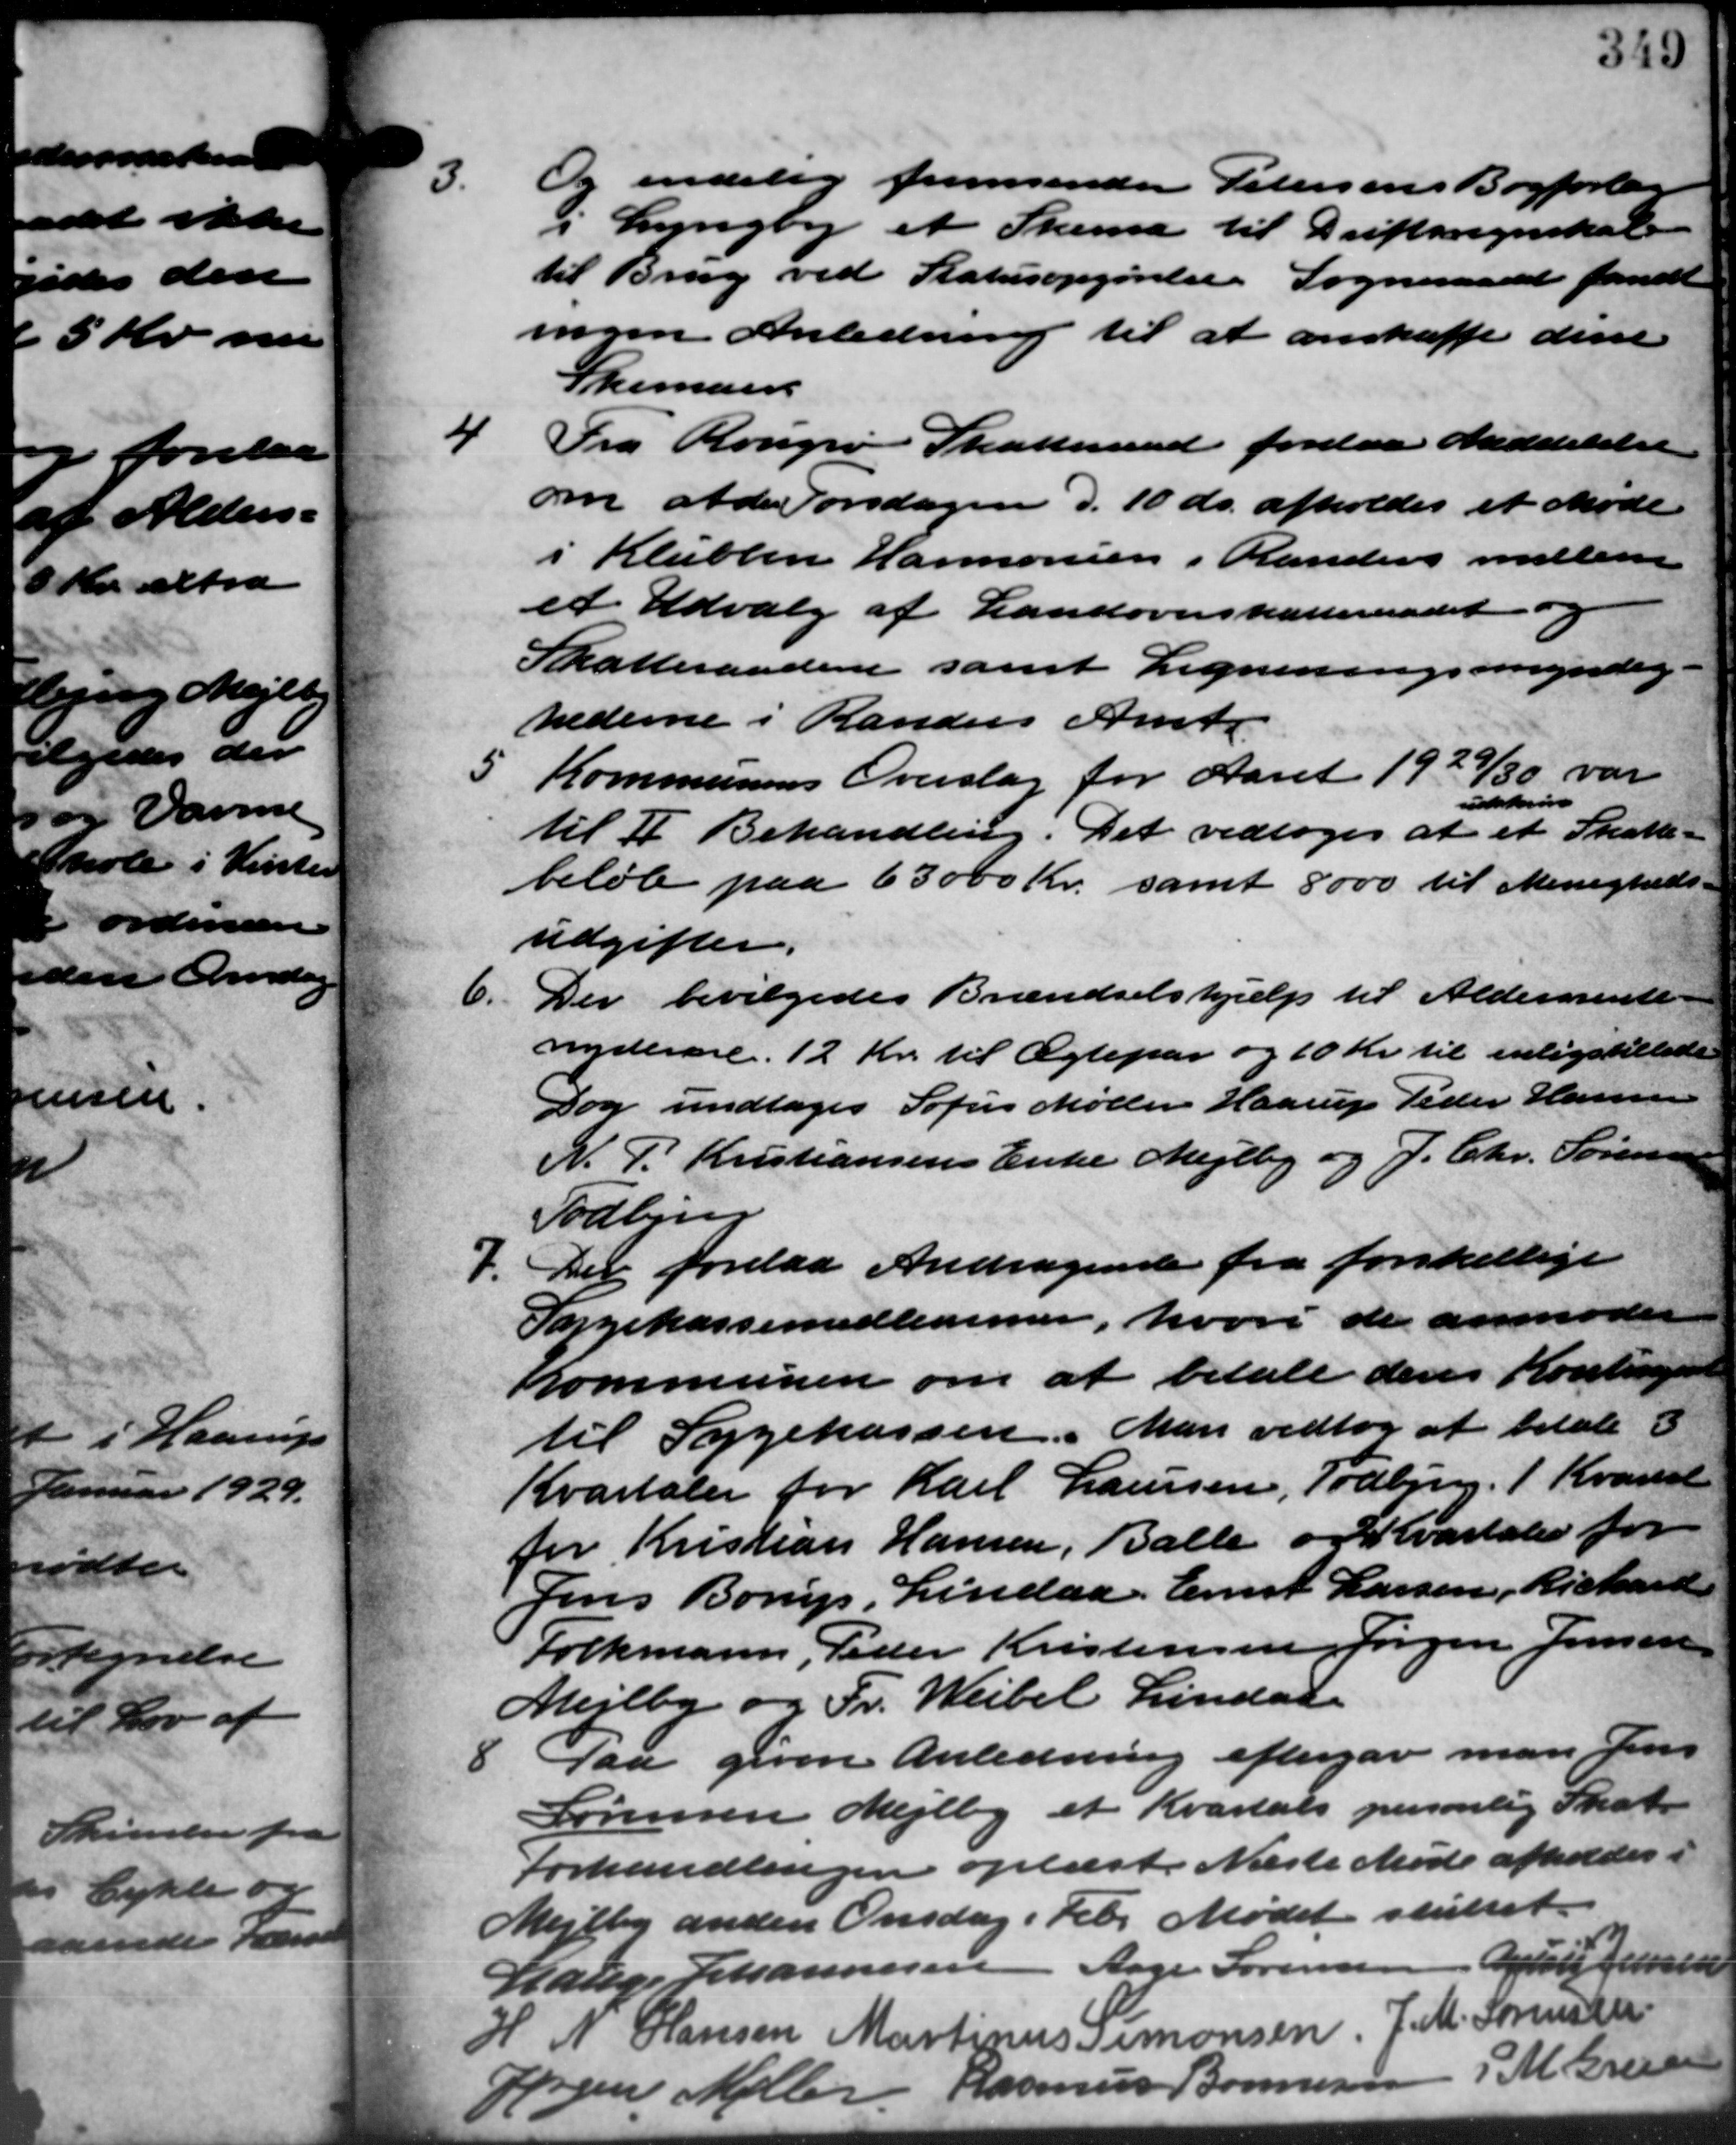
Transskription:
5
Og endelig fremsender Petersens Bogforlan
i Lyngby et Skema til Driftsregnskab
til Brug ved Statusopgørelse. Sogneraadet fandt
ingen Anledning til at anskaffe dire
Skemaer
4
Fra Rougsø Skatteraad forelaa Meddelelse
om alde Torsdagen d. 10 ds. afholdes et Møde
i Klubben Harmonien i Randers mellem
et Udvalg af Landoverskatteraadet.
Skatteraadene samt Ligniningsmyndig
hederne i Randers Amts
5
Kommunens Overslag for Aaret 1929/30 var
shus
til II Behandling. Det vedtoges at et Skatte –
beløb paa 63000 Kr. samt 8000 til Menigheds –
udgifter.
6.
Der bevilgedes Brændselshjælp til Aldersrente.
nyderere. 12 Kr. til Ægtepar og 10 Kr. til enligstillede
Dog undtages Sofus Møller Haarup Peder Hansen
N. P. Kristiansens Enke Mejlby og J. Chr. Sørensen
Todbjerg
7. Der forelaa Andragende fra forskellige
7. Der forelaa Andragende fra forskellige
Sygekassemedlemmer, hvori de anmoder
Kommunen om at betale deres Kontingent
til Sygekassen. Man vedtog at betale 3
Kvartaler for Karl Laursen, Todbjerg. 1 Kvartal
for Kristian Hansen, Balle og Kvartaler for
Jens Borup, Lindaa. Ernst Larsen, Richard
Folkmann, Peder Kristensen, Jørgen Jensen
Mejlby og Fr. Weibel Lindaa
8. Paa given Anledning eftergav man Jens
8. Paa given Anledning eftergav man Jens
Sørensen Mejlby et Kvartals personlig Skat
Forhandlingen oplæst. Næste Møde afholdes i
Mejlby anden Onsdag i Febr. Mødet sluttet.
Lauge Johannesen Aage Sørensen Jul Johansen
H. N. Hansen Martinus Simonsen. J. M. Sørensen
Rasmus Bonnesen M. Grea
Jørgen Møller
0